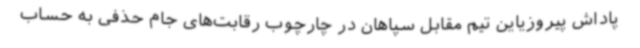
پاداش پیروزیاین تیم مقابل سپاهان در چارچوب رقابت‌های جام حذفی به حساب